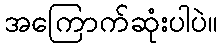
အကြောက်ဆုံးပါပဲ။